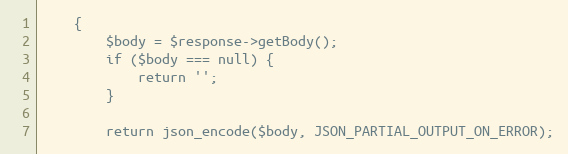
Language: PHP
    {
        $body = $response->getBody();
        if ($body === null) {
            return '';
        }

        return json_encode($body, JSON_PARTIAL_OUTPUT_ON_ERROR);